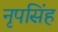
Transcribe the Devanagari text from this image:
नृपसिंह